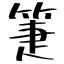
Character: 箑